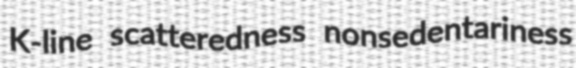
K-line scatteredness nonsedentariness